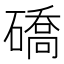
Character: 礄